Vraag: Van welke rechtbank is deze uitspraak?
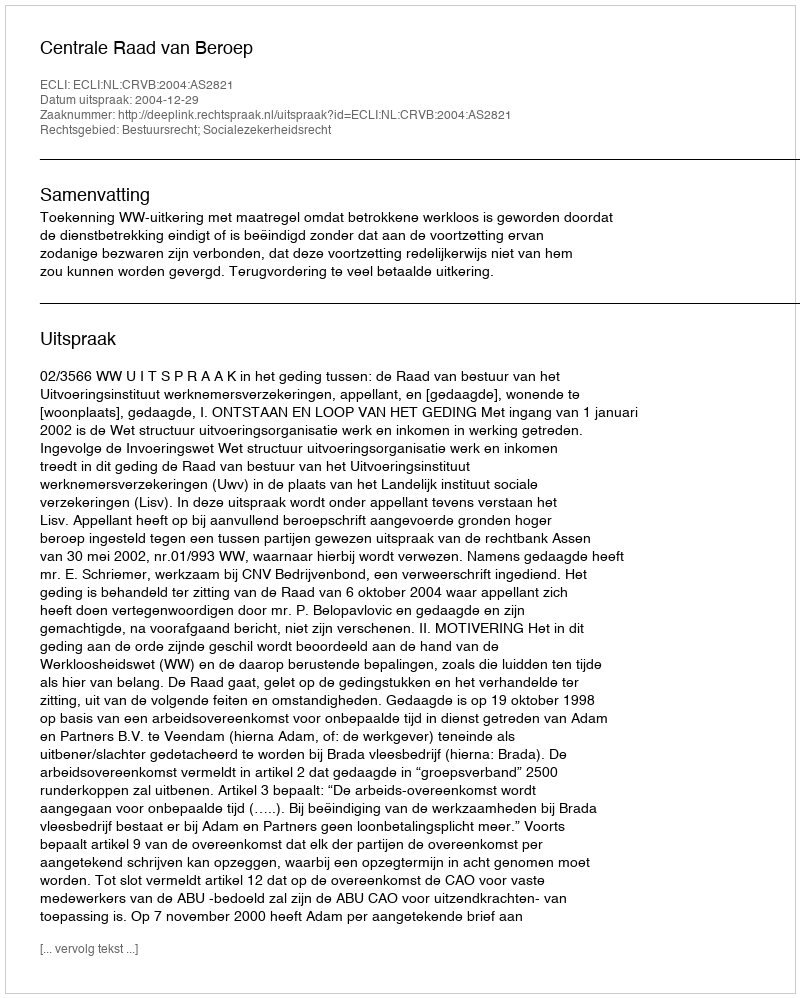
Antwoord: Centrale Raad van Beroep